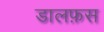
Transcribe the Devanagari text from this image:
डालफ़स